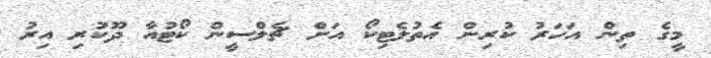
މީގެ ތިން އަހަރު ކުރިން އެތުލެޓިކޯ އަށް ޗެލްސީން ކޯޓުއާ ދޫކުރި އިރު